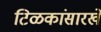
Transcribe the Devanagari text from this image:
टिळकांसारखे